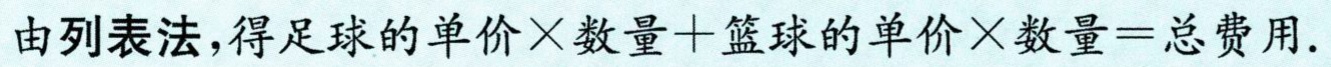
由列表法，得足球的单价$\times$数量$ + $篮球的单价$\times$数量$=$总费用.